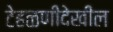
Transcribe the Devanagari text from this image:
टेहळणीदेखील